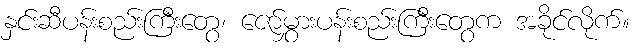
နှင်းဆီပန်းစည်းကြီးတွေ၊ ဇော်မွှားပန်းစည်းကြီးတွေက အခိုင်လိုက်။